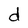
Character: d